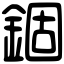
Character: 錮